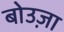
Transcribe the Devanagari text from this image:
बोउज़ा